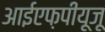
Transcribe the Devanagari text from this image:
आईएफ़पीयूजू